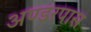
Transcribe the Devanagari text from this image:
अण्डरपास